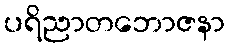
ပရိညာတဘောဇနာ